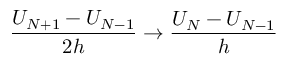
\frac { U _ { N + 1 } - U _ { N - 1 } } { 2 h } \to \frac { U _ { N } - U _ { N - 1 } } { h }